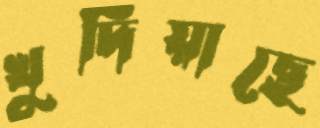
খুদিয়াছে